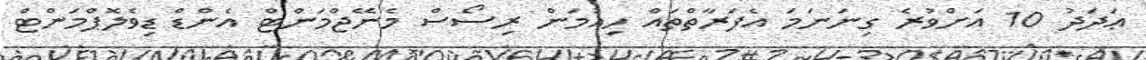
ޢަދަދު 10 އަށްވުރެ ގިނަނަމަ އެފަރާތްތައް ހިއުމަން ރިސޯސް މެނޭޖްމަންޓް އެންޑް ޑިވެލޮޕްމަންޓް